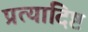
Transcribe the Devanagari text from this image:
प्रत्यादिष्ट